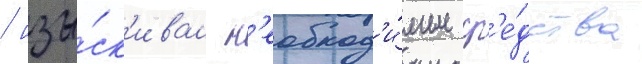
/ изы́ск'ивал н'еобход'и́мые ср'е́дства